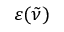
\varepsilon ( \tilde { \nu } )